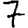
Digit: 7